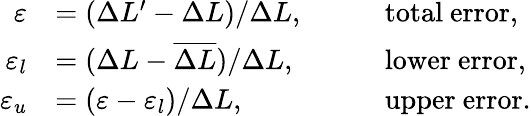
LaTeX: \begin{array}{rlrl}{\varepsilon}&{=(\Delta L^{\prime}-\Delta L)/\Delta L,}&&{\quad\mathrm{total~error},}\\ {\varepsilon_{l}}&{=(\Delta L-\overline{{\Delta L}})/\Delta L,}&&{\quad\mathrm{lower~error},}\\ {\varepsilon_{u}}&{=(\varepsilon-\varepsilon_{l})/\Delta L,}&&{\quad\mathrm{upper~error}.}\end{array}